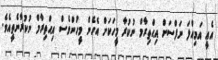
އެއީ އަމިއްލަ ނަފްސަށް އިޙްތިރާމް ނުކުރާ މީހަކަށް އެހެން މީހުންވެސް އިޙްތިރާމް ނުކުރާނެތީއެވެ.